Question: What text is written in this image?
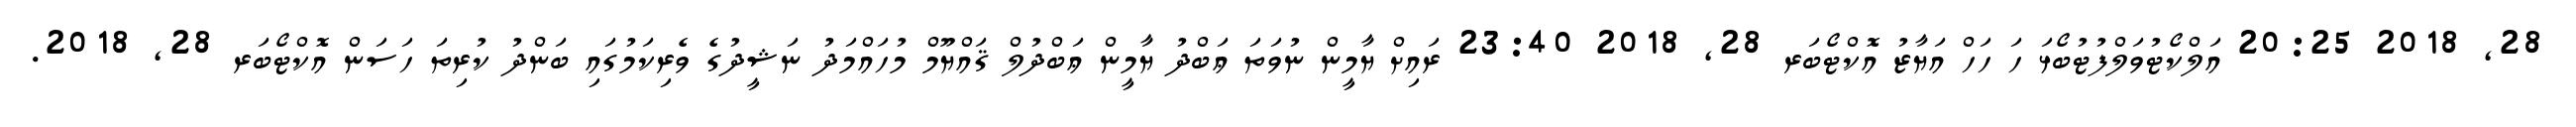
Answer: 28, 2018 20:25 އަލްކޯޓުވަލްފުޓުބޯޅަ ހަ ހަހް އަޔާޒު އޮކްޓޯބަރ 28, 2018 23:40 ރައިށް ޔާމީން ނުވަތަ ޢަބްދު ޔާމީން ޢަބްދުލް ޤައްޔޫމް މުހައްމަދު ނަޝީދުގެ ވެރިކަމުގައި ބަންދު ކުރިތަ ހަސަން އޮކްޓޯބަރ 28, 2018.